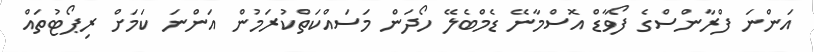
އަންނަ ފްރާންސްގެ ފޯވާޑް އޮސްމާނޭ ޑެމްބެލޭ ހޯދަން މަސައްކަތްކުރަމުން އަންނަ ކަމަށް ރިޕޯޓުތައް